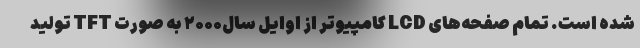
شده است. تمام صفحه‌های LCD کامپیوتر از اوایل سال۲۰۰۰ به صورت TFT تولید